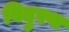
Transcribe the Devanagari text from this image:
विदुरथ